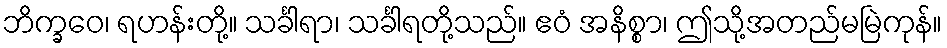
ဘိက္ခဝေ၊ ရဟန်းတို့။ သင်္ခါရာ၊ သင်္ခါရတို့သည်။ ဧဝံ အနိစ္စာ၊ ဤသို့အတည်မမြဲကုန်။